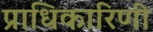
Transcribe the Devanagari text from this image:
प्राधिकारिणी